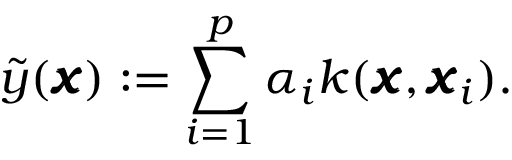
\tilde { y } ( \pmb { x } ) : = \sum _ { i = 1 } ^ { p } \alpha _ { i } k ( \pmb { x } , \pmb { x } _ { i } ) .